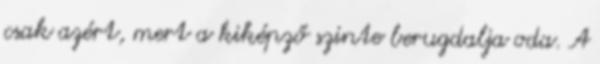
csak azért, mert a kiképző szinte berugdalja oda. A